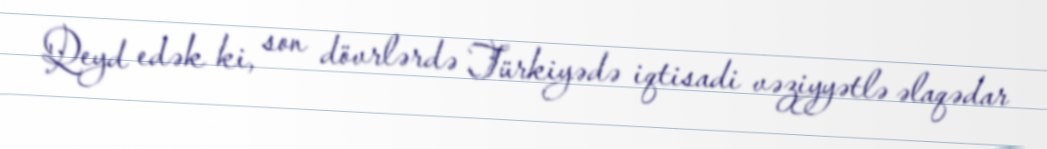
Qeyd edək ki, son dövrlərdə Türkiyədə iqtisadi vəziyyətlə əlaqədar